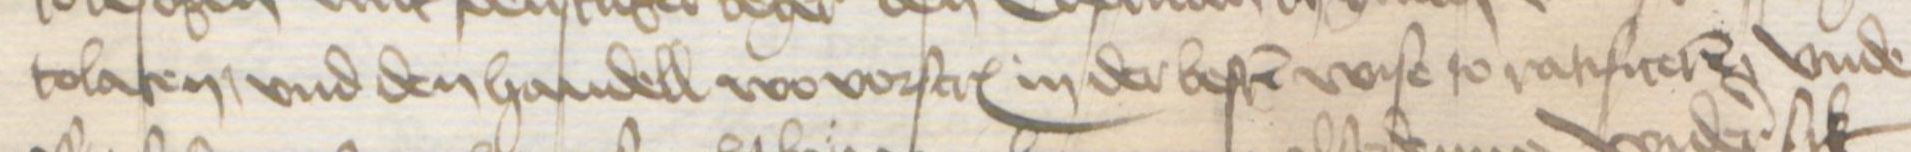
Transcription: tolaten, vnd den handell wo vorscreuen in der besten wise to ratificeren vnde